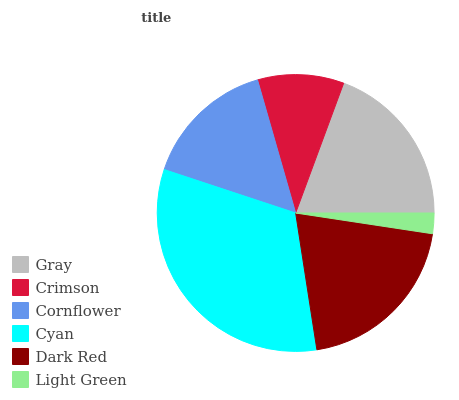
| Gray | Crimson | Cornflower | Cyan | Dark Red | Light Green |
 | --- | --- | --- | --- | --- | --- |
 | 19.4% | 10.1% | 15.5% | 32.5% | 20.2% | 2.39% |